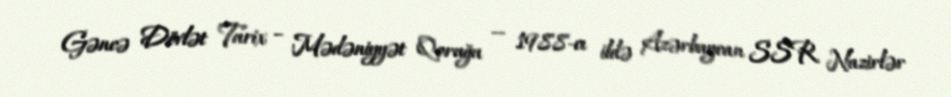
Gəncə Dövlət Tarix – Mədəniyyət Qoruğu — 1988-cı ildə Azərbaycan SSR Nazirlər